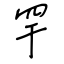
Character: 罕